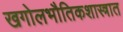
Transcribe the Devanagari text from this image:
खगोलभौतिकशास्त्रात